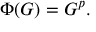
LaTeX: \Phi ( G ) = G ^ { p } .